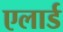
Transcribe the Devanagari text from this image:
एलार्ड